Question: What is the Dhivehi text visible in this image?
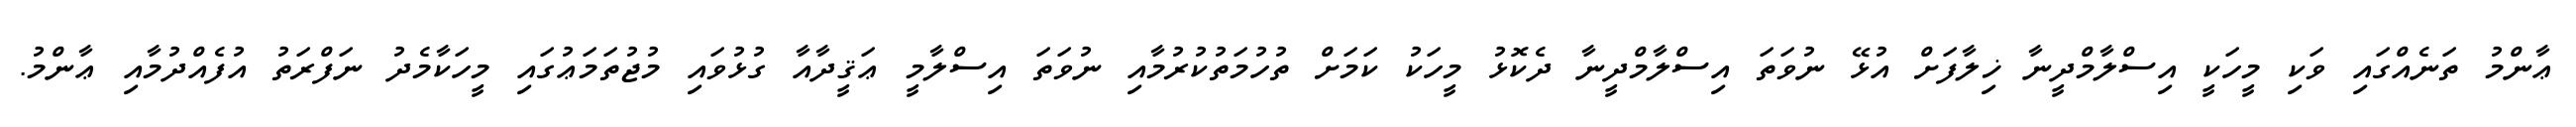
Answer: ޢާންމު ތަނެއްގައި ވަކި މީހަކީ އިސްލާމްދީނާ ޚިލާފަށް އުޅޭ ނުވަތަ އިސްލާމްދީނާ ދެކޮޅު މީހަކު ކަމަށް ތުހުމަތުކުރުމާއި ނުވަތަ އިސްލާމީ ޢަޤީދާއާ ގުޅުވައި މުޖުތަމަޢުގައި މީހަކާމެދު ނަފްރަތު އުފެއްދުމާއި ޢާންމު.